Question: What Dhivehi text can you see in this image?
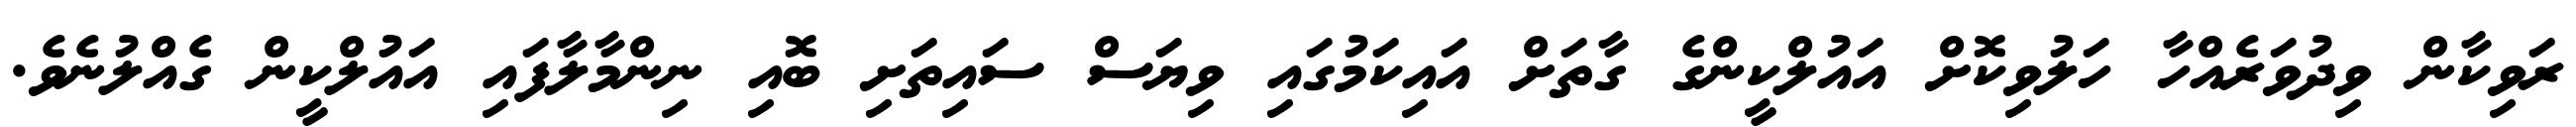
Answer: ރަވިކާން ވިދުވަރެއްހާ ހަލުވިކޮށް އައުލްކީންގެ ގާތަށް އައިކަމުގައި ވިޔަސް ސައިތަށި ބޮއި ނިންމާލާފައި އައުލްކީން ގެއްލުނެވެ.